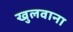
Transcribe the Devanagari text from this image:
खुलवाना